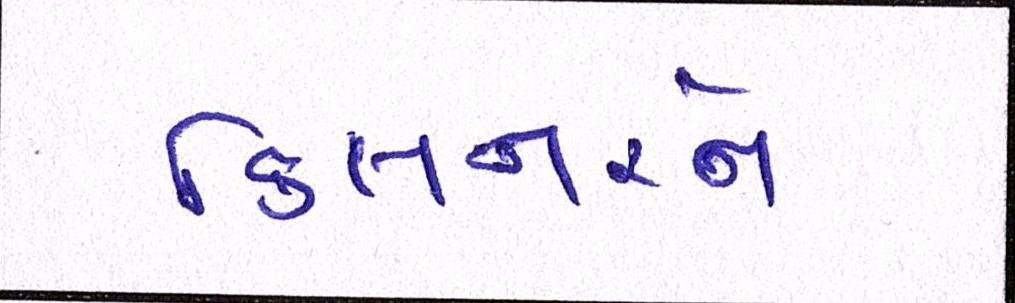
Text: કિલનરને